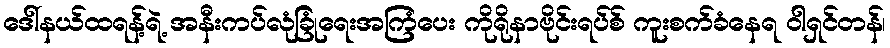
ဒေါ်နယ်ထရန့်ရဲ့ အနီးကပ်လုံခြုံရေးအကြံပေး ကိုရိုနာဗိုင်းရပ်စ် ကူးစက်ခံနေရ ဝါရှင်တန်၊